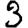
Digit: 3